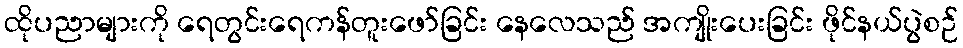
ထိုပညာများကို ရေတွင်းရေကန်တူးဖော်ခြင်း နေလေသည် အကျိုးပေးခြင်း ဖိုင်နယ်ပွဲစဉ်